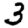
Digit: 3